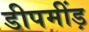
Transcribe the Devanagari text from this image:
डीपमींड़